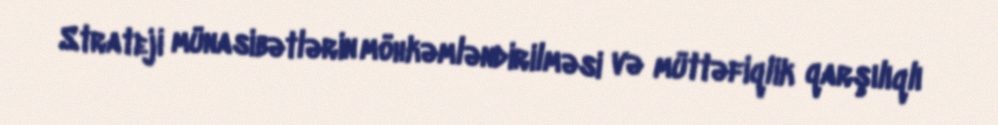
Strateji münasibətlərin möhkəmləndirilməsi və müttəfiqlik qarşılıqlı